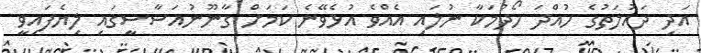
އަދި ދައުލަތުގެ ހުއްދަ ހޯދުމަކާ ނުލައި އެއްވެ އުޅެވޭނެ ކަމަށް ގާނޫނުއަސާސީގައި ލިޔެފައިވީ